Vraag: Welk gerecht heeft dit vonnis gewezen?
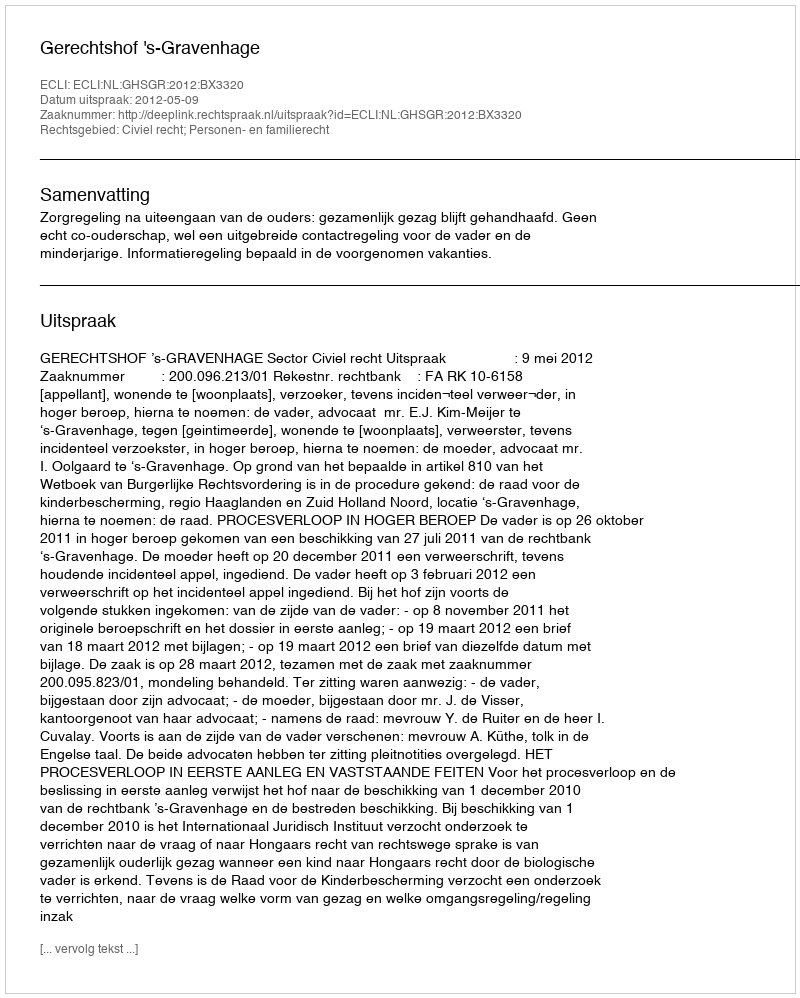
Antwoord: Gerechtshof 's-Gravenhage